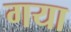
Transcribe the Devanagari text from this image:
गया